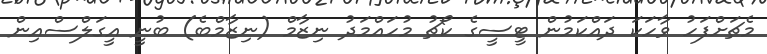
މެޗަށްފަހު ވާހަކަ ދައްކަމުން ޓީސީގެ ކޯޗު މުހައްމަދު ނިޒާމް (ނިޒާމްބެ) ބުނީ އީގަލްސްއިން